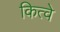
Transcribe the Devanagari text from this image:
कित्वे